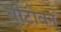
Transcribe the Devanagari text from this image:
बीटोवन